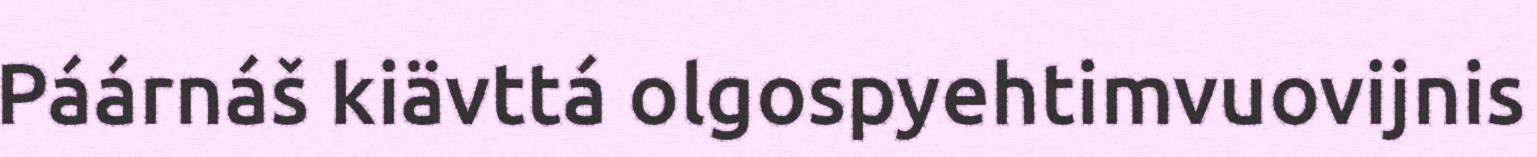
Páárnáš kiävttá olgospyehtimvuovijnis